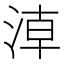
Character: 𣶃